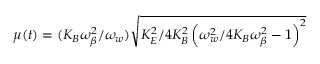
\mu ( t ) = ( K _ { B } \omega _ { \beta } ^ { 2 } / \omega _ { w } ) \sqrt { K _ { E } ^ { 2 } / 4 K _ { B } ^ { 2 } \left( \omega _ { w } ^ { 2 } / 4 K _ { B } \omega _ { \beta } ^ { 2 } - 1 \right) ^ { 2 } }